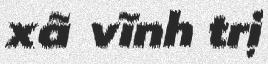
xã vĩnh trị